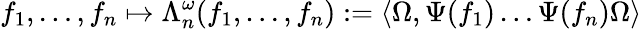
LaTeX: f_{1},\ldots,f_{n}\mapsto\Lambda_{n}^{\omega}(f_{1},\ldots,f_{n}):=\langle\Omega,\Psi(f_{1})\ldots\Psi(f_{n})\Omega\rangle